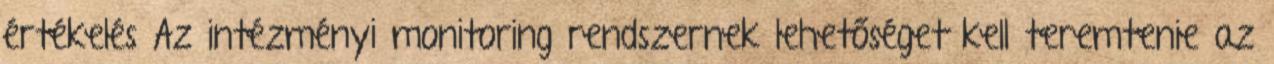
értékelés Az intézményi monitoring rendszernek lehetőséget kell teremtenie az